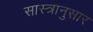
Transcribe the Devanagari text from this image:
सास्त्रानुसार